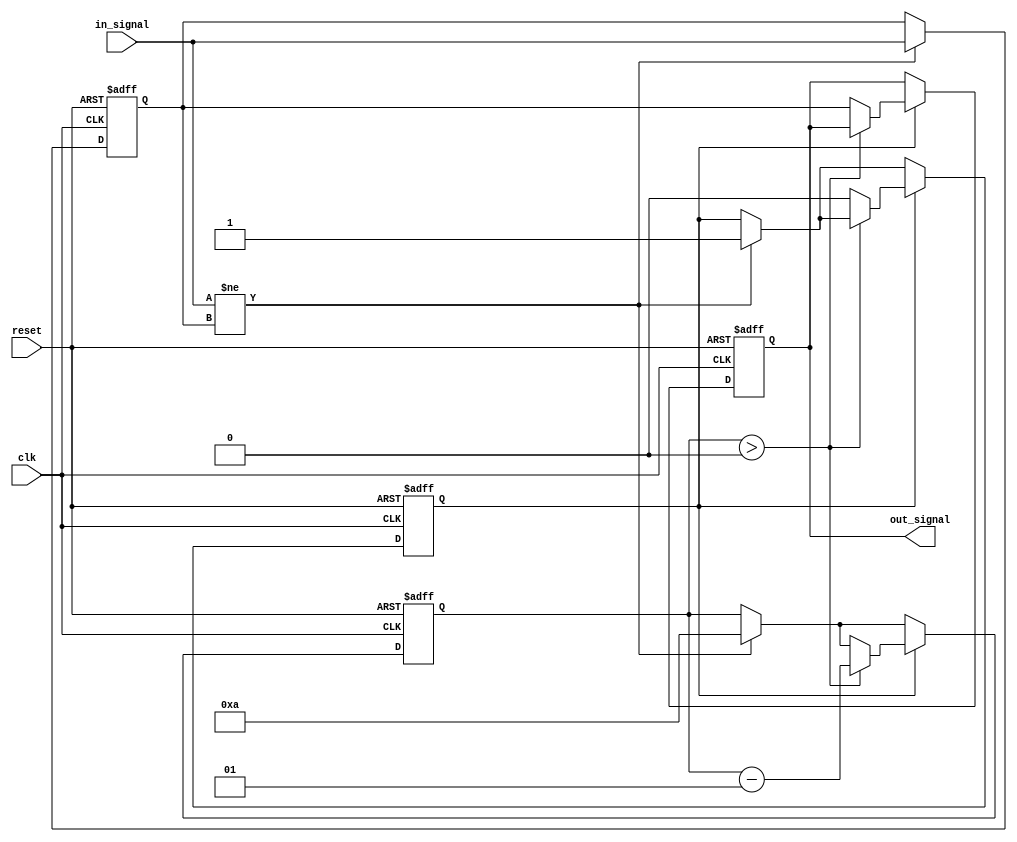
module Delay #(parameter DELAY_DURATION = 10) (
    input wire clk,          // Clock signal for timing
    input wire reset,        // Reset signal
    input wire in_signal,    // Input signal to be delayed
    output reg out_signal    // Delayed output signal
);

    // Internal signal to store the state of the input signal
    reg in_signal_reg;
    reg delay_active;
    
    // State variable for delay countdown
    integer delay_counter;

    always @(posedge clk or posedge reset) begin
        if (reset) begin
            out_signal <= 1'b0;          // Reset output signal to low
            in_signal_reg <= 1'b0;       // Reset internal signal
            delay_active <= 1'b0;         // Reset delay status
            delay_counter <= 0;           // Reset delay counter
        end else begin
            // Capture input signal on the rising edge
            if (in_signal != in_signal_reg) begin
                in_signal_reg <= in_signal; // Update internal signal
                delay_counter <= DELAY_DURATION; // Start delay countdown
                delay_active <= 1'b1; // Activate delay
            end
            
            // Manage the countdown for the delay
            if (delay_active) begin
                if (delay_counter > 0) begin
                    delay_counter <= delay_counter - 1; // Decrement the counter
                end else begin
                    out_signal <= in_signal_reg; // Update output after delay
                    delay_active <= 1'b0; // Deactivate delay
                end
            end
        end
    end

endmodule